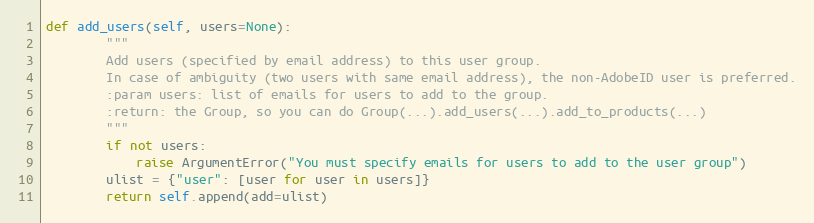
Language: Python
def add_users(self, users=None):
        """
        Add users (specified by email address) to this user group.
        In case of ambiguity (two users with same email address), the non-AdobeID user is preferred.
        :param users: list of emails for users to add to the group.
        :return: the Group, so you can do Group(...).add_users(...).add_to_products(...)
        """
        if not users:
            raise ArgumentError("You must specify emails for users to add to the user group")
        ulist = {"user": [user for user in users]}
        return self.append(add=ulist)